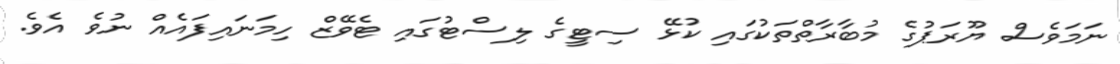
ނަމަވެސް ޔޫރަޕުގެ މުބާރާތްތަކުގައި ކުޅޭ ސިޓީގެ ލިސްޓުގައި ޓެވޭޒް ހިމަނައިފައެއް ނުވެ އެވެ.